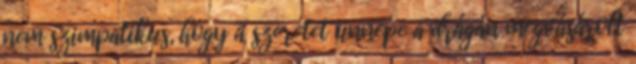
nem szimpatikus, hogy a szeretet ünnepe a drágán megvásárolt